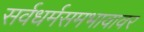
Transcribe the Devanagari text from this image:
सर्वधर्मसमभावावर